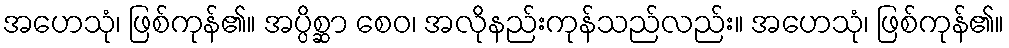
အဟေသုံ၊ ဖြစ်ကုန်၏။ အပ္ပိစ္ဆာ စေဝ၊ အလိုနည်းကုန်သည်လည်း။ အဟေသုံ၊ ဖြစ်ကုန်၏။